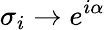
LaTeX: \sigma_{i}\rightarrow e^{i\alpha}